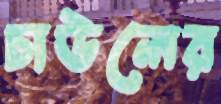
চাউলের